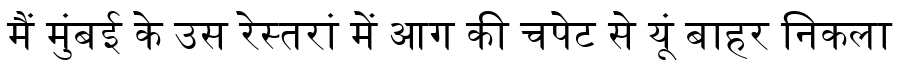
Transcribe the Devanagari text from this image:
मैं मुंबई के उस रेस्तरां में आग की चपेट से यूं बाहर निकला